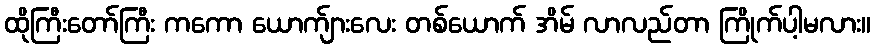
ထိုကြီးတော်ကြီး ကကော ယောက်ျားလေး တစ်ယောက် အိမ် လာလည်တာ ကြိုက်ပါ့မလား။